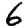
Digit: 6